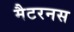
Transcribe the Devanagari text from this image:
मैटरनस